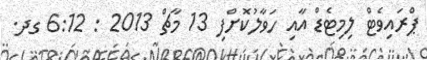
ޕްރައިވެޓް ލިމިޓެޑް އާއި ހަވާލުކޮށްފި 13 މާޗް 2013 : 6:12 ގދ.